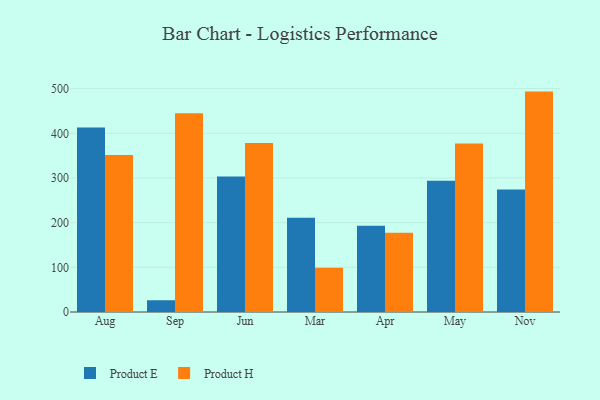
{"axis": {"x": "Month", "y": "Temperature (°C)"}, "legend": ["Product E", "Product H"], "data": [{"x": "Aug", "y": 412.9, "type": "Product E"}, {"x": "Aug", "y": 351.7, "type": "Product H"}, {"x": "Sep", "y": 26.3, "type": "Product E"}, {"x": "Sep", "y": 444.7, "type": "Product H"}, {"x": "Jun", "y": 303.1, "type": "Product E"}, {"x": "Jun", "y": 378.2, "type": "Product H"}, {"x": "Mar", "y": 211.0, "type": "Product E"}, {"x": "Mar", "y": 98.9, "type": "Product H"}, {"x": "Apr", "y": 193.2, "type": "Product E"}, {"x": "Apr", "y": 177.5, "type": "Product H"}, {"x": "May", "y": 293.9, "type": "Product E"}, {"x": "May", "y": 377.3, "type": "Product H"}, {"x": "Nov", "y": 274.2, "type": "Product E"}, {"x": "Nov", "y": 493.4, "type": "Product H"}]}